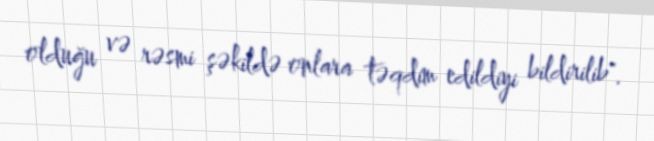
olduğu və rəsmi şəkildə onlara təqdim edildiyi bildirilib".